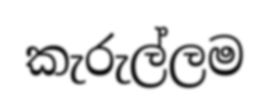
කැරුල්ලම